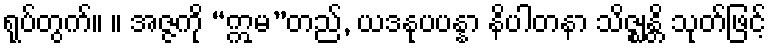
ရုပ်တွက်။ ။ အဇ္ဇကို “ဣမ”တည်, ယဒနုပပန္နာ နိပါတနာ သိဇ္ဈန္တိ သုတ်ဖြင့်